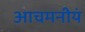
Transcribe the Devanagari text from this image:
आचमनीयं